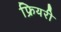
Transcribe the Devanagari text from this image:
फ्रियरी